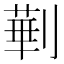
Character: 𱐤